Indian journal of veterinary science and animal husbandry - Volumes 15-17, 1948-1951
Year: 1948
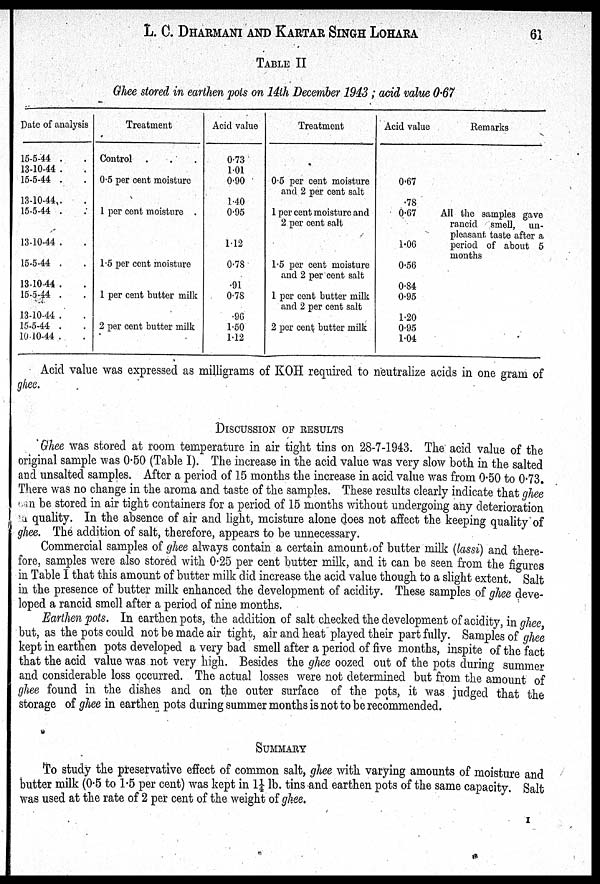
L. C. DHARMANI AND KARTAR SINGH LOHARA 61
TABLE II
Ghee stored in earthen pots on 14th December 1943; acid value 0'67
Date of analysis
15-5-44 . .
13-10-44 . .
15-5-44 . .
13-10-44 . .
15-5-44 . .
13-10-44 . .
15-5-44 . .
13-10-44 . .
15-5-44 . .
13-10-44 . .
15-5-44 . .
10-10-44 . .
Treatment
Control . . .
0.5 per cent moisture
1 per cent moisture .
1.5 per cent moisture
1 per cent butter milk
2 per cent butter milk
Acid value
0.73
1.01
0.90
1.40
0.95
1.12
0.78
.91
0.78
.96
1.50
1.12
Treatment
0.5 per cent moisture
and 2 per cent salt
1 per cent moisture and
2 per cent salt
1.5 per cent moisture
and 2 per cent salt
1 per cent butter milk
and 2 per cent salt
2 per cent butter milk
Acid value
0.67
.78
0.67
1.06
0.56
0.84
0.95
1.20
0.95
1.04
Remarks
All the samples gave
rancid smell, un-
pleasant taste after a
period of about 5
months
Acid value was expressed as milligrams of KOH required to neutralize acids in one gram of
ghee.
DISCUSSION OF RESULTS
Ghee was stored at room temperature in air tight tins on 28-7-1943. The acid value of the
original sample was 0.50 (Table I). The increase in the acid value was very slow both in the salted
and unsalted samples. After a period of 15 months the increase in acid value was from 0.50 to 0.73.
There was no change in the aroma and taste of the samples. These results clearly indicate that ghee
can be stored in air tight containers for a period of 15 months without undergoing any deterioration
in quality. In the absence of air and light, moisture alone does not affect the keeping quality of
ghee. The addition of salt, therefore, appears to be unnecessary.
Commercial samples of ghee always contain a certain amount of butter milk (lassi) and there-
fore, samples were also stored with 0.25 per cent butter milk, and it can be seen from the figures
in Table I that this amount of butter milk did increase the acid value though to a slight extent. Salt
in the presence of butter milk enhanced the development of acidity. These samples of ghee deve-
loped a rancid smell after a period of nine months.
Earthen pots. In earthen pots, the addition of salt checked the development of acidity, in ghee,
but, as the pots could not be made air tight, air and heat played their part fully. Samples of ghee
kept in earthen pots developed a very bad smell after a period of five months, inspite of the fact
that the acid value was not very high. Besides the ghee oozed out of the pots during summer
and considerable loss occurred. The actual losses were not determined but from the amount of
ghee found in the dishes and on the outer surface of the pots, it was judged that the
storage of ghee in earthen pots during summer months is not to be recommended.
SUMMARY
To study the preservative effect of common salt, ghee with varying amounts of moisture and
butter milk (0.5 to 1.5 per cent) was kept in 1¼ lb. tins and earthen pots of the same capacity. Salt
was used at the rate of 2 per cent of the weight of ghee.
I